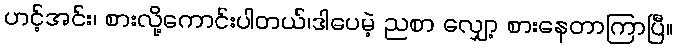
ဟင့်အင်း၊ စားလို့ကောင်းပါတယ်၊ဒါပေမဲ့ ညစာ လျှော့ စားနေတာကြာပြီ။